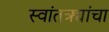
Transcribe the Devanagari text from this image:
स्वांतत्र्यांचा